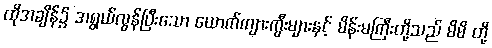
ထိုအချိန်၌ အရွယ်လွန်ပြီးသော ယောက်ကျားကွီးများနှင့် မိန်းမကြီးတို့သည် မိမိ တို့